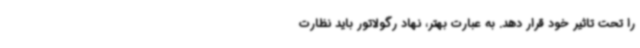
را تحت تاثیر خود قرار دهد. به عبارت بهتر، نهاد رگولاتور باید نظارت